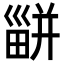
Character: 𤳊